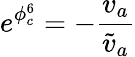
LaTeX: e^{\phi_{c}^{6}}=-{\frac{v_{a}}{\tilde{v}_{a}}}